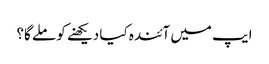
ایپ میں آئندہ کیا دیکھنے کو ملے گا؟